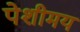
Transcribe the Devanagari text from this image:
पेशीमय